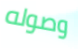
وصوله